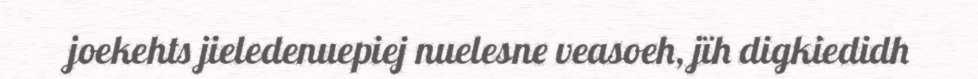
joekehts jieledenuepiej nuelesne veasoeh, jïh digkiedidh